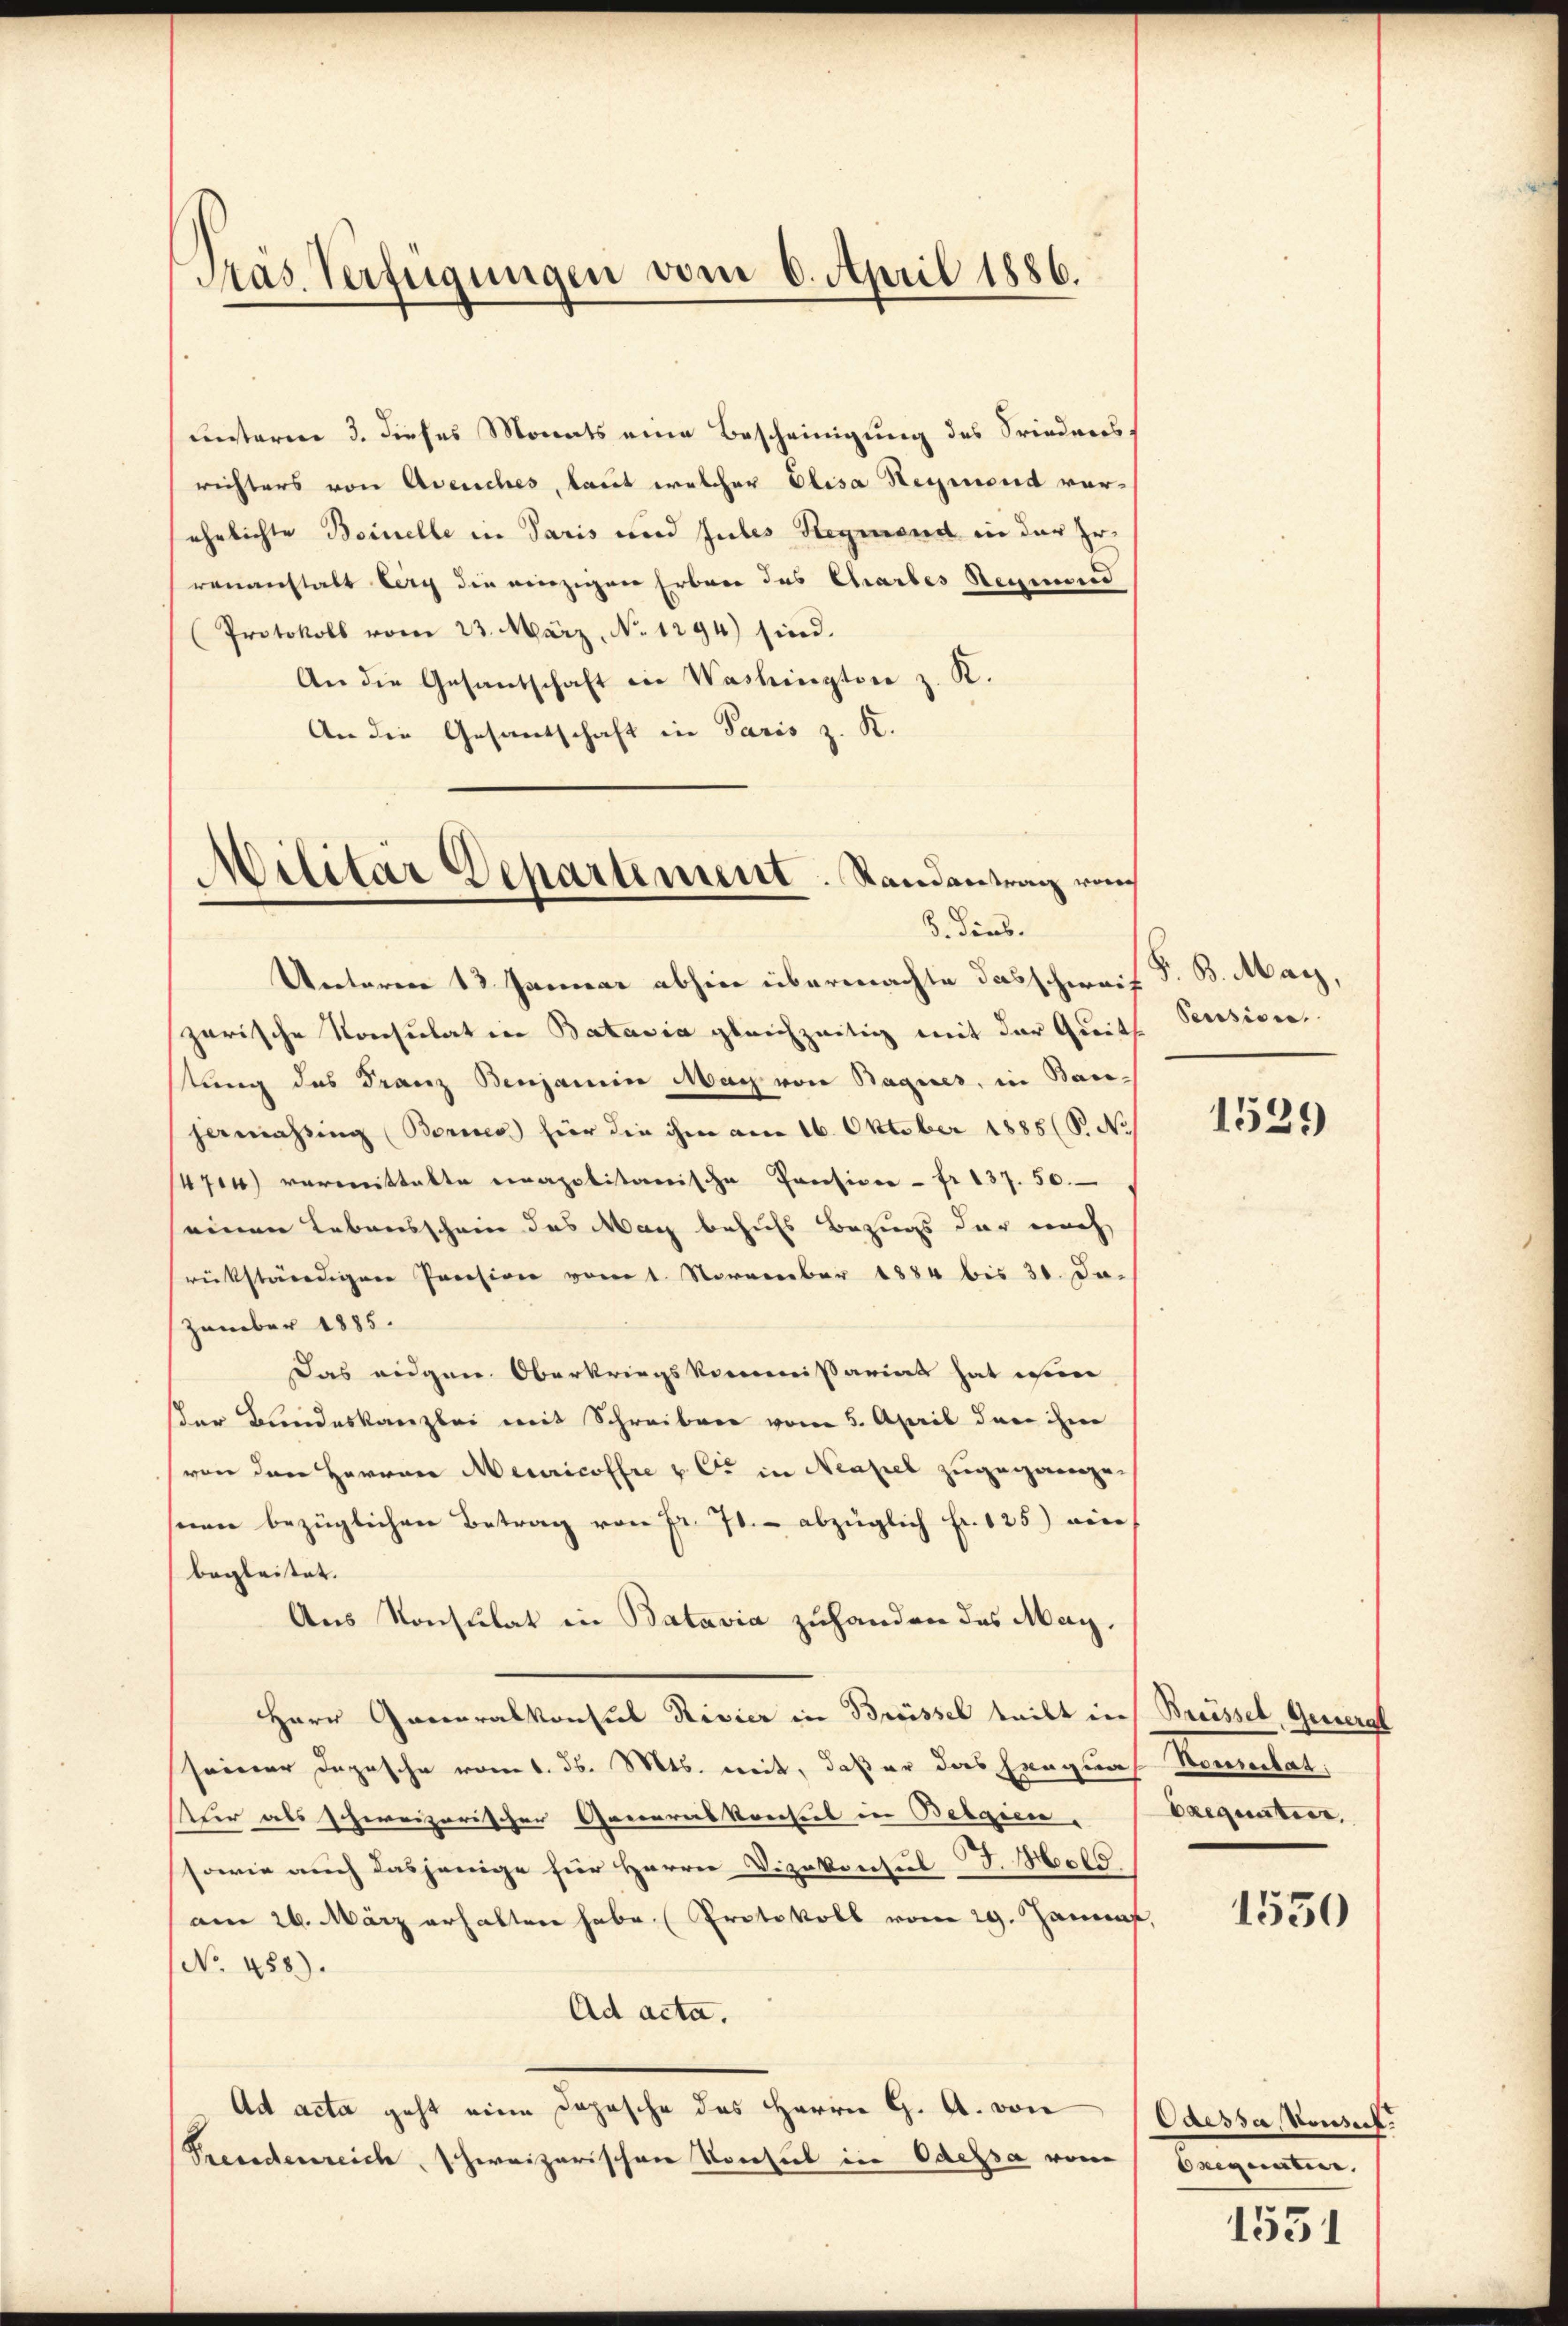
Präs. Verfügungen vom 6. April 1886.

unteren 3. dieses Monats eine Bescheinigung des Friedensrichters von Avenches, laut welcher Elisa Heymond vorehelichte Beinelle in Paris und Jules Regiend in der Errenanstatt lag die einzigen Erbene des Charbes Steuernd
(Protokoll vom 23. März, No 1294) sind.
An die Gesantschaft in Washington z. K.
An die Gesandschaft in Paris z. K.

Militär Departement. Randantrag von
8. dies.

Unterm 13. Januar abhin übermachte das scherauf Fr. B. May,
zarische Konsulat in Batavia gleichzeitig mit der Greits Pensiven
stung des Franz Benjanein May von Bagues, in Bausermassing (Bernes hier die ihm am 16. Oktober 1888. No
1474) vermittalte eapolitanische Pension - fr 137. 50.
seinen Lebensschein des Mach behufs Bezugs der nach
rückständigen Pression vom 1. November 1884 bis 30. Da-
zember 1885.
Das eidgen. Oberkriegskommißarius hat ein
der Bundeskanzlei mit Schreiben vom 5. April der ihm
(von den Herren Meuricoffre & Cie in Neapel zugegangeseen bezüglichen Betrag von Fr. 70. abzüglich Fr. 125) eine
begleitet. |
Aus Konsulat in Batavia zuhanden des May.
Herr Generalkonsul Rivier in Breissel teilt in Breissel, General
seiner Depesche vom 1. d. Mts. mit, daß er das Hengnas Bemertat,
tur als schweizerischer Generalkreises in Belgien. (Exequatier,
sowie auch dasjenige für Herrn Vizekonsul F. Hold
(am 26. März erhalten habe. (Protokoll vom 29. Januar,
No 458).
Ad acta.
Ad acta geht eine Dopische des Herrn G. A. von Odessa, Konseck
Presdenreich, schweizerischen Konsul in Odessa vom

1529

1550

bregunter.

1551